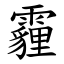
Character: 霾